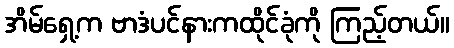
အိမ်ရှေ့က ဗာဒံပင်နားကထိုင်ခုံကို ကြည့်တယ်။